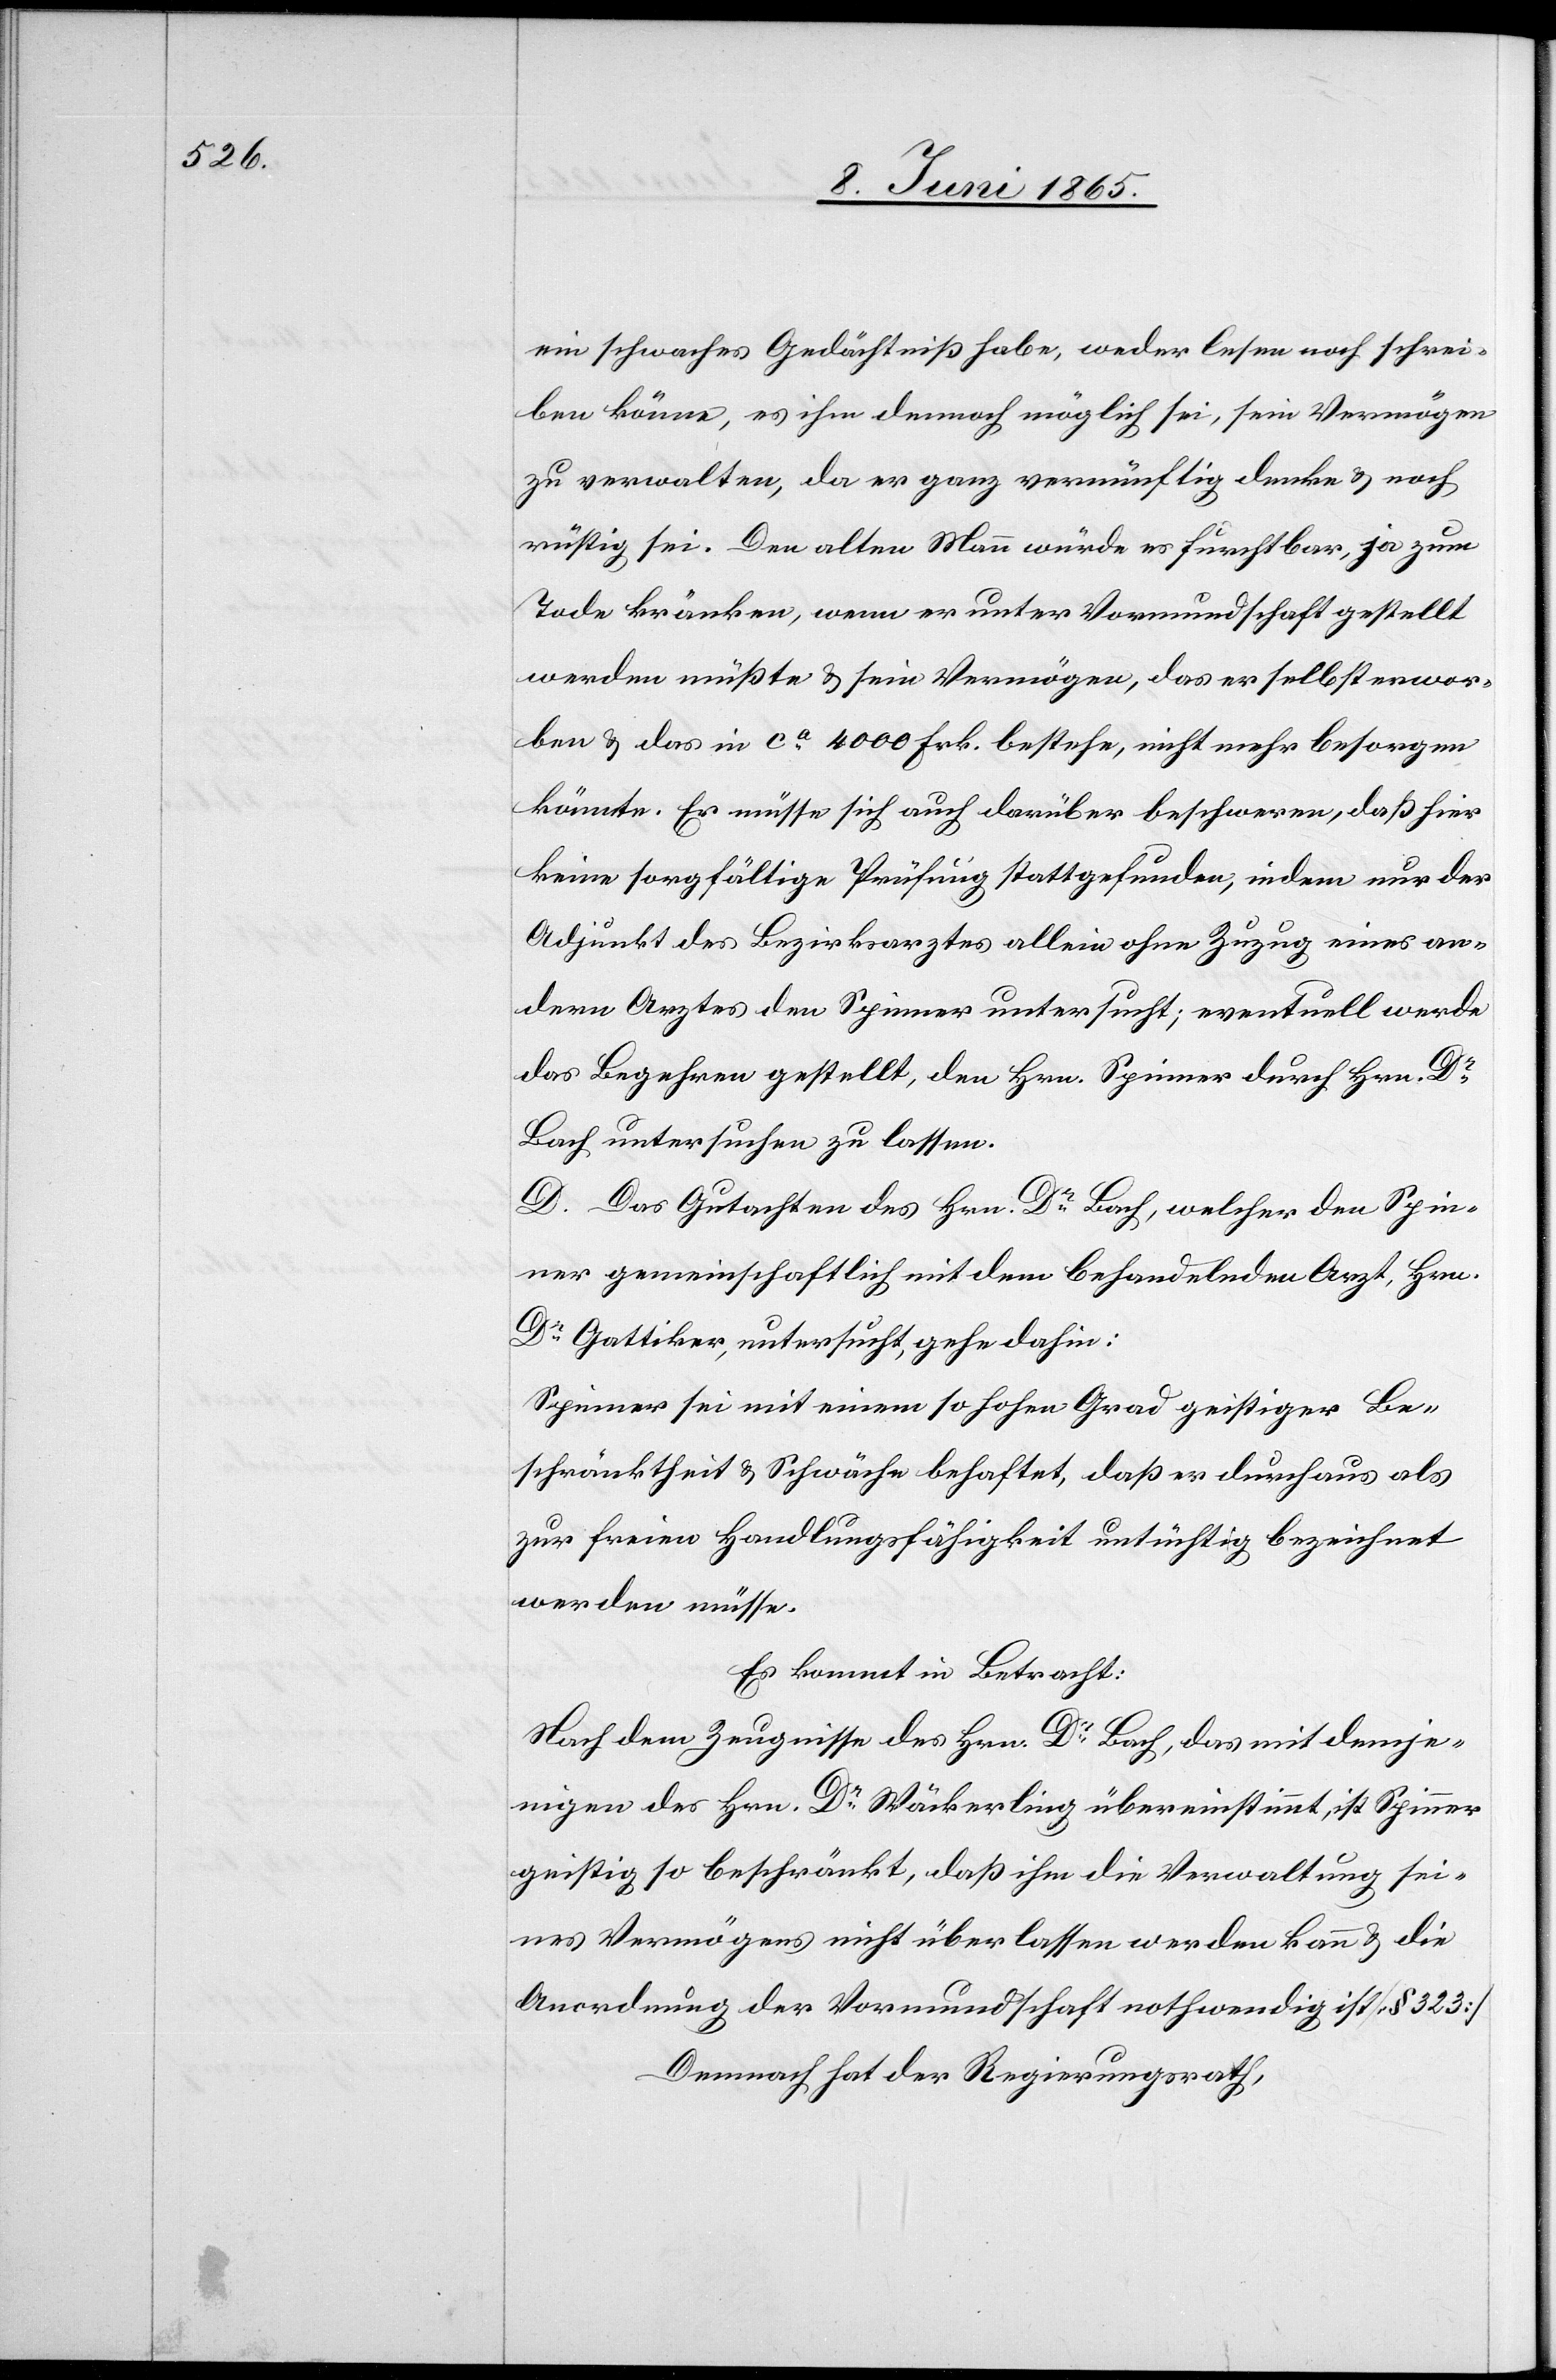
ein schwaches Gedächtniß habe, weder lesen noch schrei¬
ben könne, es ihm dennoch möglich sei, sein Vermögen
zu verwalten, da er ganz vernünftig denke & noch
rüstig sei. Den alten Mann würde es furchtbar, ja zum
Tode kränken, wenn er unter Vormundschaft gestellt
werden müßte & sein Vermögen, das er selbst erwor¬
ben & das in ca 4000 Frk. bestehe, nicht mehr besorgen
könnte. Er müsse sich auch darüber beschweren, daß hier
keine sorgfältige Prüfung stattgefunden, indem nur der
Adjunkt des Bezirksarztes allein ohne Zuzug eines an¬
dern Arztes den Spinner untersucht; eventuell werde
das Begehren gestellt, den Hrn. Spinner durch Hrn. Dr
Bach untersuchen zu lassen.
D. Das Gutachten des Hrn. Dr Bach, welcher den Spin¬
ner gemeinschaftlich mit dem behandelnden Arzt, Hrn.
Dr Gattiker, untersucht, gehe dahin:
Spinner sei mit einem so hohen Grad geistiger Be¬
schränktheit & Schwäche behaftet, daß er durchaus als
zur freien Handlungsfähigkeit untüchtig bezeichnet
werden müsse.
Es kommt in Betracht:
Nach dem Zeugnisse des Hrn. Dr Bach, das mit demje¬
nigen des Hrn. Dr Wäckerling übereinstimmt, ist Spinner
geistig so beschränkt, daß ihm die Verwaltung sei¬
nes Vermögens nicht überlassen werden kann & die
Anordnung der Vormundschaft nothwendig ist [§ 323]
Demnach hat der Regierungsrath,